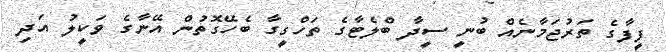
ފީފާގެ ތަރުޖަމާނެއް ބުނީ ސީދާ ބްލެޓާގެ ތަހްގީގާ ބެހޭގޮތުން އޭނާގެ ވަކީލު އަދި